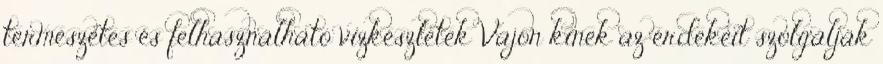
természetes és felhasználható vízkészletek Vajon kinek az érdekeit szolgálják